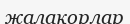
жалақорлар